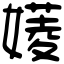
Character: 𡡷